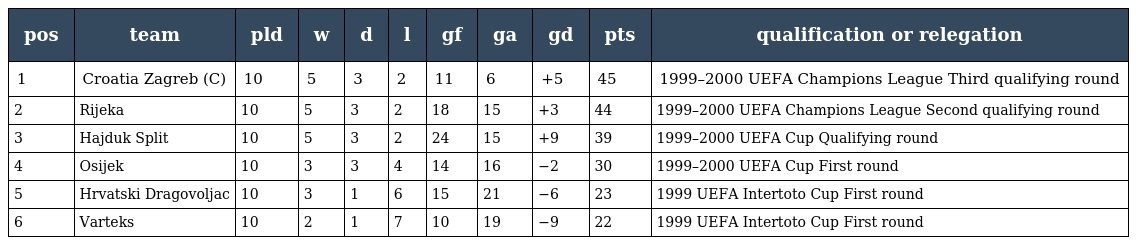
| pos | team | pld | w | d | l | gf | ga | gd | pts | qualification or relegation |
 | --- | --- | --- | --- | --- | --- | --- | --- | --- | --- | --- |
 | 1 | Croatia Zagreb (C) | 10 | 5 | 3 | 2 | 11 | 6 | +5 | 45 | 1999–2000 UEFA Champions League Third qualifying round |
 | 2 | Rijeka | 10 | 5 | 3 | 2 | 18 | 15 | +3 | 44 | 1999–2000 UEFA Champions League Second qualifying round |
 | 3 | Hajduk Split | 10 | 5 | 3 | 2 | 24 | 15 | +9 | 39 | 1999–2000 UEFA Cup Qualifying round |
 | 4 | Osijek | 10 | 3 | 3 | 4 | 14 | 16 | −2 | 30 | 1999–2000 UEFA Cup First round |
 | 5 | Hrvatski Dragovoljac | 10 | 3 | 1 | 6 | 15 | 21 | −6 | 23 | 1999 UEFA Intertoto Cup First round |
 | 6 | Varteks | 10 | 2 | 1 | 7 | 10 | 19 | −9 | 22 | 1999 UEFA Intertoto Cup First round |